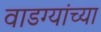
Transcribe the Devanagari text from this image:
वाडग्यांच्या